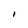
Character: i